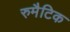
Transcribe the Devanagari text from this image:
रुमैटिक